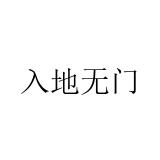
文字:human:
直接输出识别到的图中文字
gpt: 入地无门